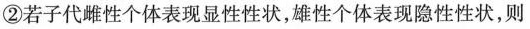
②若子代雌性个体表现显性性状，雄性个体表现隐性性状，则